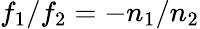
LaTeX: f_{1}/f_{2}=-n_{1}/n_{2}